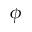
\phi